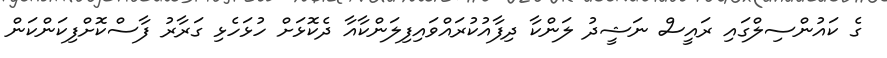
ގެ ކައުންސިލްގައި ރައީސް ނަޝީދު ލަންކާ ދިފާއުކުރައްވައިފިލަންކާއާ ދެކޮޅަށް ހުޅަހެޅި ގަރާރު ފާސްކޮށްފިކަންކަން